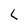
Character: L